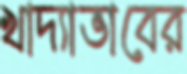
খাদ্যাভাবের